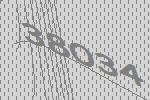
38034